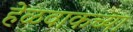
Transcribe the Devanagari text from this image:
हेळवाकच्या